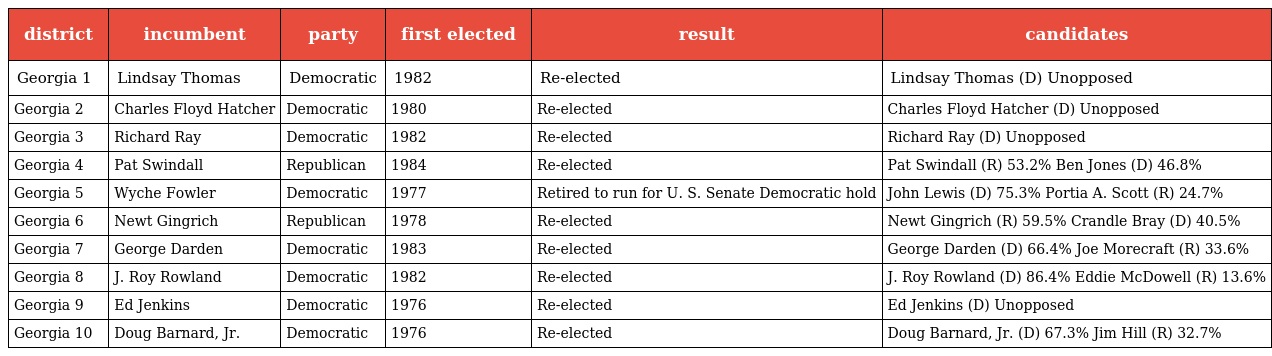
| district | incumbent | party | first elected | result | candidates |
 | --- | --- | --- | --- | --- | --- |
 | Georgia 1 | Lindsay Thomas | Democratic | 1982 | Re-elected | Lindsay Thomas (D) Unopposed |
 | Georgia 2 | Charles Floyd Hatcher | Democratic | 1980 | Re-elected | Charles Floyd Hatcher (D) Unopposed |
 | Georgia 3 | Richard Ray | Democratic | 1982 | Re-elected | Richard Ray (D) Unopposed |
 | Georgia 4 | Pat Swindall | Republican | 1984 | Re-elected | Pat Swindall (R) 53.2% Ben Jones (D) 46.8% |
 | Georgia 5 | Wyche Fowler | Democratic | 1977 | Retired to run for U. S. Senate Democratic hold | John Lewis (D) 75.3% Portia A. Scott (R) 24.7% |
 | Georgia 6 | Newt Gingrich | Republican | 1978 | Re-elected | Newt Gingrich (R) 59.5% Crandle Bray (D) 40.5% |
 | Georgia 7 | George Darden | Democratic | 1983 | Re-elected | George Darden (D) 66.4% Joe Morecraft (R) 33.6% |
 | Georgia 8 | J. Roy Rowland | Democratic | 1982 | Re-elected | J. Roy Rowland (D) 86.4% Eddie McDowell (R) 13.6% |
 | Georgia 9 | Ed Jenkins | Democratic | 1976 | Re-elected | Ed Jenkins (D) Unopposed |
 | Georgia 10 | Doug Barnard, Jr. | Democratic | 1976 | Re-elected | Doug Barnard, Jr. (D) 67.3% Jim Hill (R) 32.7% |